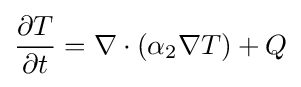
{\frac {\partial T}{\partial t}}=\nabla \cdot (\alpha _{2}\nabla T)+Q